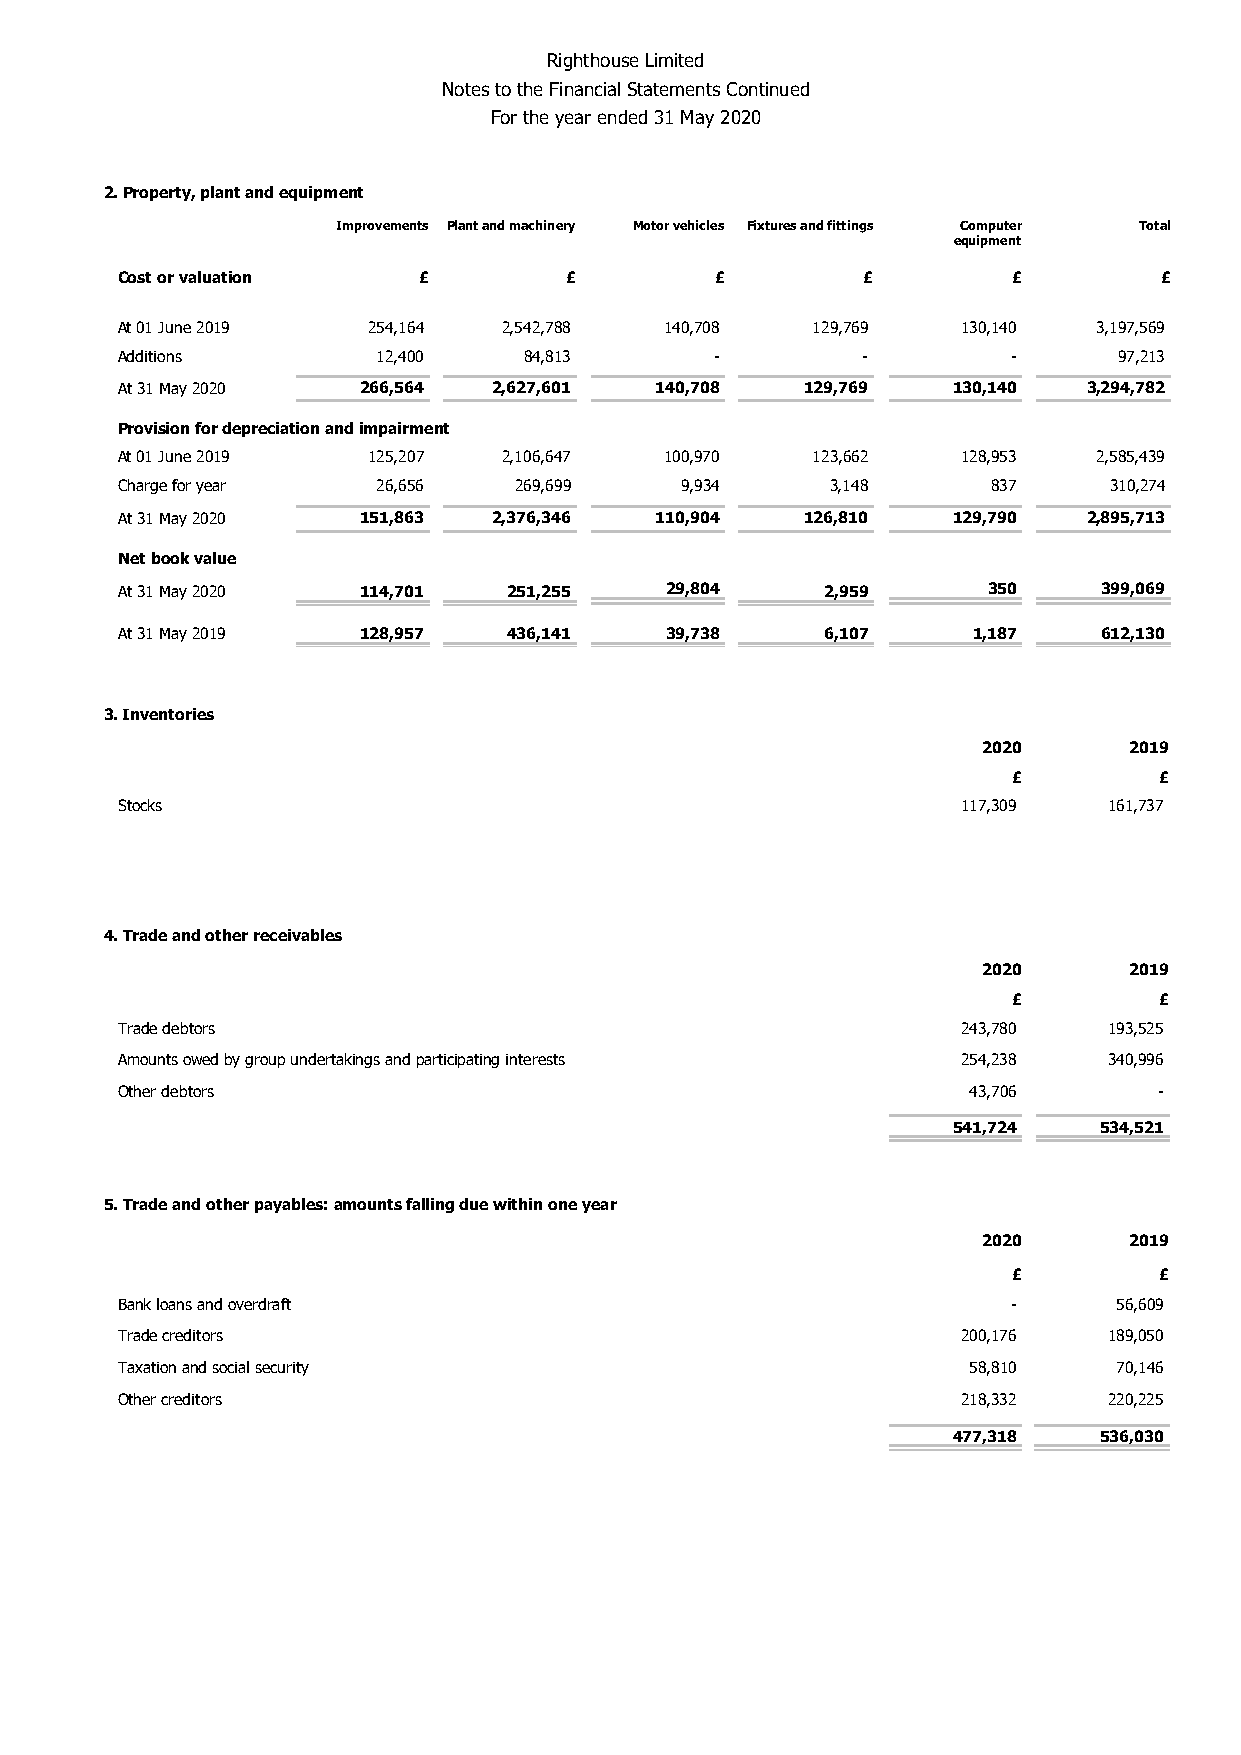
Righthouse Limited
 Notes to the Financial Statements Continued
 For t he year ended 31 May 2020
 2. Property, plant and equipment
 Improvements Plant and machinery Motor vehicles Fixtures and fittings Computer Total
 equipment
 Cost or valuation   £        £         £         £         £         £
 At 01 June 2019 254,164  2,542,788  140,708   129,769   130,140  3,197,569
 Additions        12,400    84,813      -         -         -      97,213
 At 31 May 2020  266,564  2,627,601 140,708   129,769   130,140  3,294,782
 Provision for depreciation and impairment
 At 01 June 2019 125,207  2,106,647  100,970   123,662   128,953  2,585,439
 Charge for year  26,656   269,699    9,934     3,148      837    310,274
 At 31 May 2020  151,863  2,376,346 110,904   126,810   129,790  2,895,713
 Net book value
 At 31 May 2020  114,701   251,255   29,804     2,959     350     399,069
 At 31 May 2019  128,957   436,141   39,738     6,107    1,187    612,130
 3. Inventories
 2020      2019
 £         £
 Stocks                                                  117,309  161,737
 4. Trade and other receivables
 2020      2019
 £         £
 Trade debtors                                           243,780  193,525
 Amounts owed by group undertakings and participating interests 254,238 340,996
 Other debtors                                           43,706       -
 541,724   534,521
 5. Trade and other payables: amounts falling due within one year
 2020      2019
 £         £
 Bank loans and overdraft                                   -      56,609
 Trade creditors                                         200,176  189,050
 Taxation and social security                            58,810    70,146
 Other creditors                                         218,332  220,225
 477,318   536,030